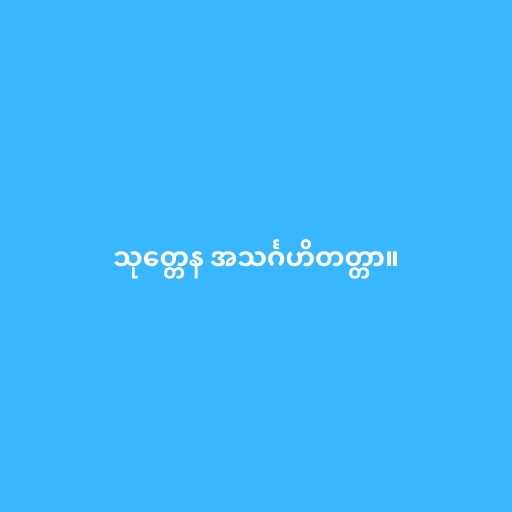
သုတ္တေန အသင်္ဂဟိတတ္တာ။